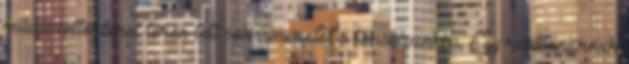
művészettörténet terén tett sok ismeretet a tarsolyunkba. Egy rajztanárnak